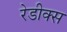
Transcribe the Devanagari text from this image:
रेडीक्स